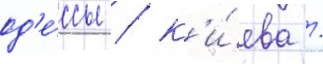
од'е́ссы / к'и́ева /